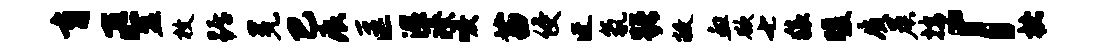
育匹盟枚踞冕巴痕匡湿臻唳苗侵迓氛躇敝血欲七猿暖质晨按「楮